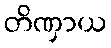
တိဏှာယ